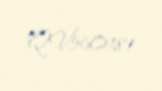
QV560181